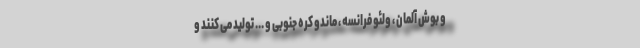
و بوش آلمان ، ولئو فرانسه ، ماندو کره جنوبی و ... تولید می کنند و